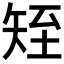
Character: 𥎹